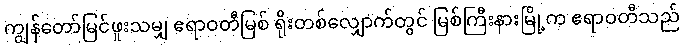
ကျွန်တော်မြင်ဖူးသမျှ ဧရာဝတီမြစ် ရိုးတစ်လျှောက်တွင် မြစ်ကြီးနားမြို့က ဧရာဝတီသည်